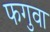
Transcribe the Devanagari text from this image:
फगुवा